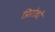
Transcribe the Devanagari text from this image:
प्रिरोधों